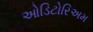
ઓડિટોરિઅમ